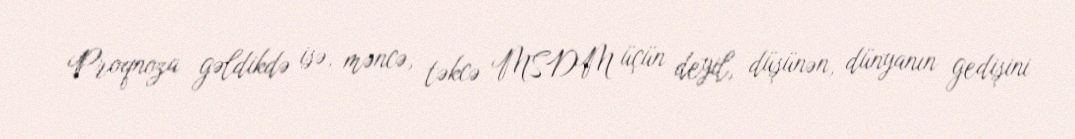
Proqnoza gəldikdə isə, məncə, təkcə MSDM üçün deyil, düşünən, dünyanın gedişini